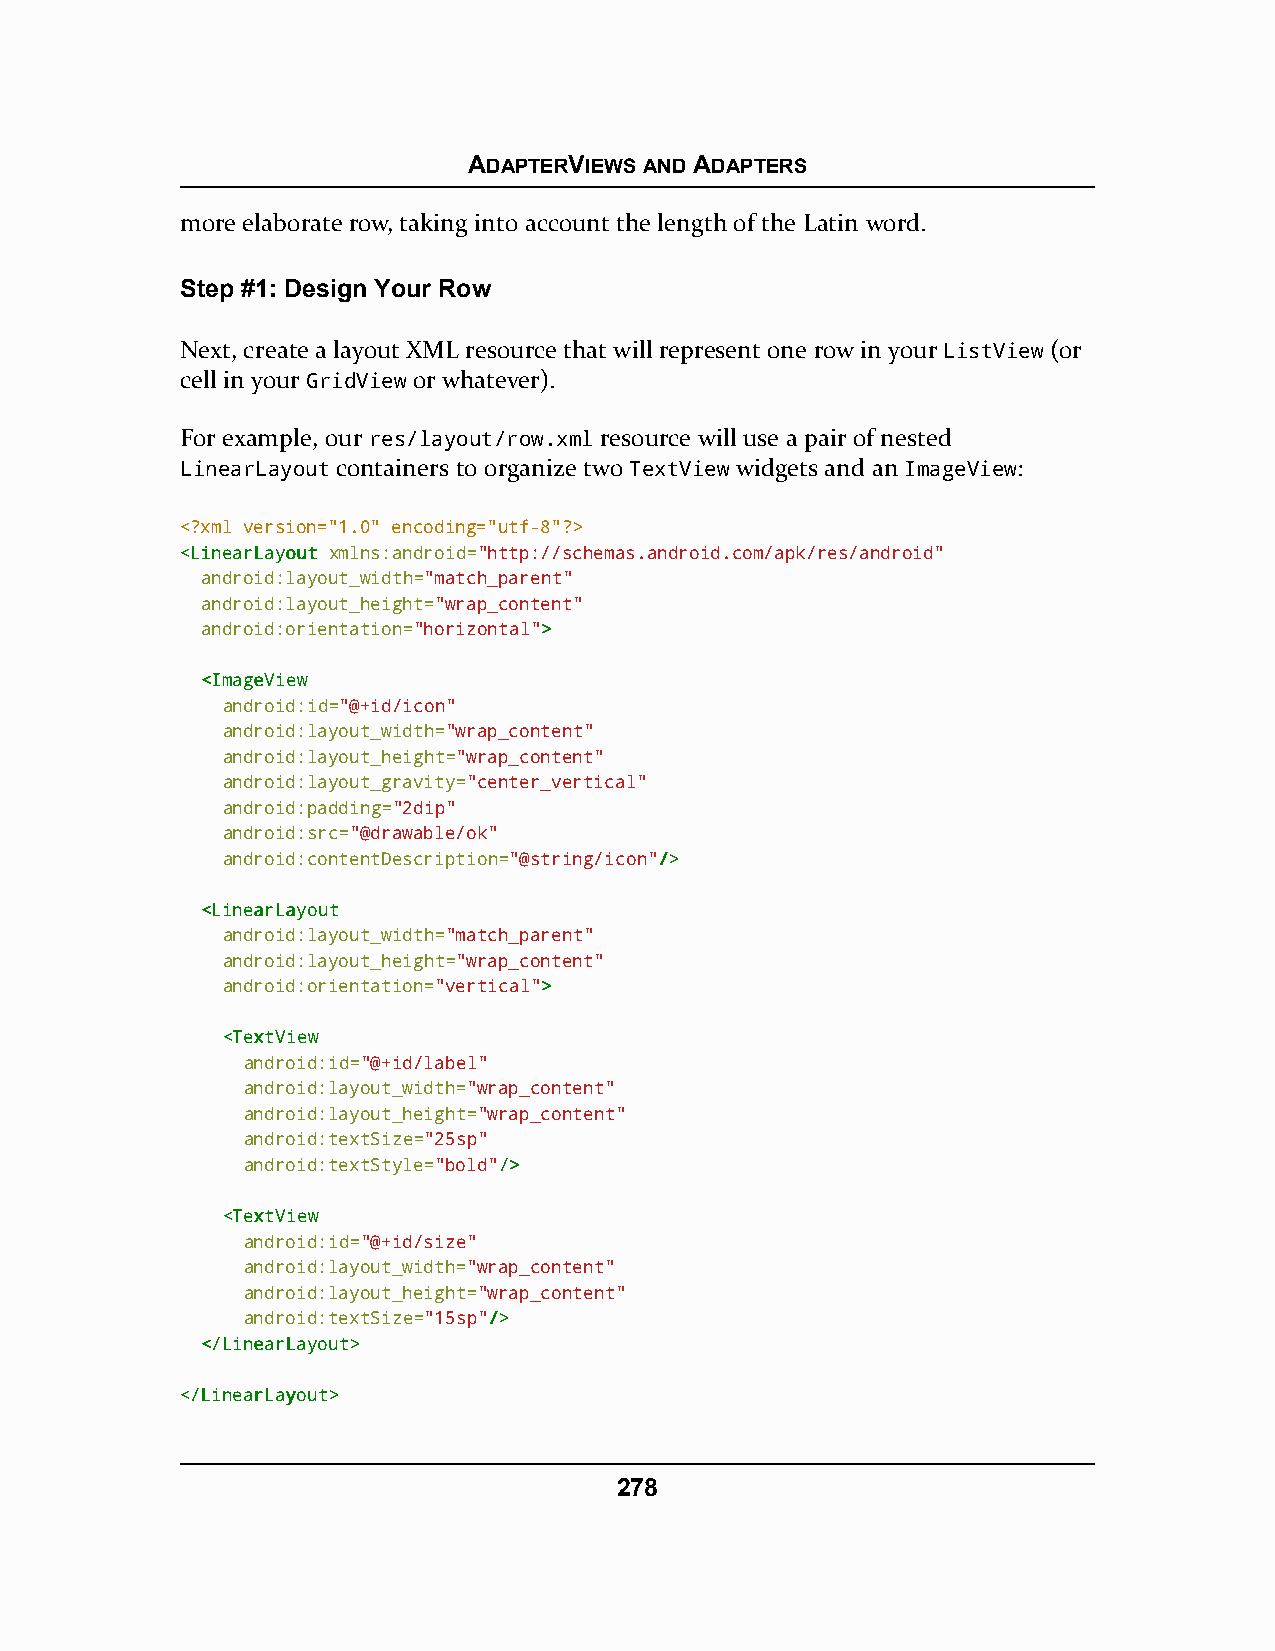
ADAPTERVIEWS AND ADAPTERS
 more elaborate row, taking into account the length of the Latin word.
 Step #1: Design Your Row
 Next, create a layout XML resource that will represent one row in your ListView (or
 cell in your GridView or whatever).
 For example, our res/layout/row.xml resource will use a pair of nested
 LinearLayout containers to organize two TextView widgets and an ImageView:
 <?xml version="1.0" encoding="utf-8"?>
 <<LLiinneeaarrLLaayyoouutt xmlns:android="http://schemas.android.com/apk/res/android"
 android:layout_width="match_parent"
 android:layout_height="wrap_content"
 android:orientation="horizontal">>
 <<IImmaaggeeVViieeww
 android:id="@+id/icon"
 android:layout_width="wrap_content"
 android:layout_height="wrap_content"
 android:layout_gravity="center_vertical"
 android:padding="2dip"
 android:src="@drawable/ok"
 android:contentDescription="@string/icon"//>>
 <<LLiinneeaarrLLaayyoouutt
 android:layout_width="match_parent"
 android:layout_height="wrap_content"
 android:orientation="vertical">>
 <<TTeexxttVViieeww
 android:id="@+id/label"
 android:layout_width="wrap_content"
 android:layout_height="wrap_content"
 android:textSize="25sp"
 android:textStyle="bold"//>>
 <<TTeexxttVViieeww
 android:id="@+id/size"
 android:layout_width="wrap_content"
 android:layout_height="wrap_content"
 android:textSize="15sp"//>>
 <<//LLiinneeaarrLLaayyoouutt>>
 <<//LLiinneeaarrLLaayyoouutt>>
 278